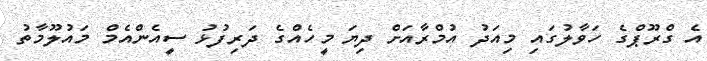
އެ ގްރޫޕްގެ ހަވާލުގައި މިއަދު އުމްރާއަށް ދިޔަ މީހެއްގެ ދަރިފުޅު ސީއެންއެމް މައުލޫމާތު